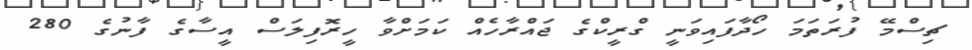
ޗިސްމޭ ފުރަތަމަ ހޯދާފައިވަނީ ގްރީކްގެ ޖައްރާހެއް ކަމަށްވާ ހީރޮފިލަސް އީސާގެ ފާނުގެ 280